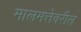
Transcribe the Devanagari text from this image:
मालमत्तेवरील